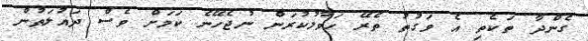
ގެންދާ ތަކެތި އެ ވަގުތު ތެރޭ ހަވާލުކުރަން ނުޖެހޭނެ ކަމަށް ވެސް ދައުލަތުން